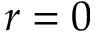
r = 0